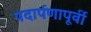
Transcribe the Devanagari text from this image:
पदार्पणापूर्वी